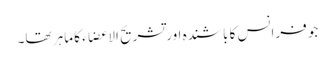
جو فرانس کا باشندہ اور تشریح الا عضاء کا ماہر تھا۔